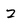
Character: z